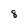
Character: 8